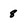
Character: 8